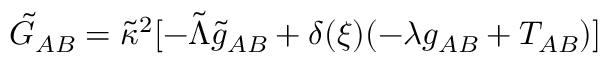
\tilde { G } _ { A B } = \tilde { \kappa } ^ { 2 } [ - \tilde { \Lambda } \tilde { g } _ { A B } + \delta ( \xi ) ( { - \lambda g _ { A B } + T _ { A B } } ) ]